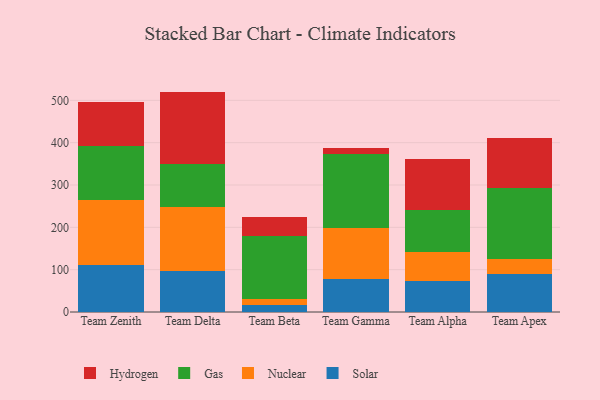
{"axis": {"x": "Team", "y": "Market Share (%)"}, "legend": ["Gas", "Hydrogen", "Nuclear", "Solar"], "data": [{"x": "Team Zenith", "y": 111.6, "type": "Solar"}, {"x": "Team Zenith", "y": 153.8, "type": "Nuclear"}, {"x": "Team Zenith", "y": 125.8, "type": "Gas"}, {"x": "Team Zenith", "y": 103.7, "type": "Hydrogen"}, {"x": "Team Delta", "y": 97.2, "type": "Solar"}, {"x": "Team Delta", "y": 151.7, "type": "Nuclear"}, {"x": "Team Delta", "y": 101.0, "type": "Gas"}, {"x": "Team Delta", "y": 170.7, "type": "Hydrogen"}, {"x": "Team Beta", "y": 16.8, "type": "Solar"}, {"x": "Team Beta", "y": 13.2, "type": "Nuclear"}, {"x": "Team Beta", "y": 149.5, "type": "Gas"}, {"x": "Team Beta", "y": 45.1, "type": "Hydrogen"}, {"x": "Team Gamma", "y": 78.6, "type": "Solar"}, {"x": "Team Gamma", "y": 120.4, "type": "Nuclear"}, {"x": "Team Gamma", "y": 173.8, "type": "Gas"}, {"x": "Team Gamma", "y": 14.1, "type": "Hydrogen"}, {"x": "Team Alpha", "y": 73.5, "type": "Solar"}, {"x": "Team Alpha", "y": 68.0, "type": "Nuclear"}, {"x": "Team Alpha", "y": 98.8, "type": "Gas"}, {"x": "Team Alpha", "y": 120.5, "type": "Hydrogen"}, {"x": "Team Apex", "y": 90.4, "type": "Solar"}, {"x": "Team Apex", "y": 34.0, "type": "Nuclear"}, {"x": "Team Apex", "y": 169.0, "type": "Gas"}, {"x": "Team Apex", "y": 118.2, "type": "Hydrogen"}]}